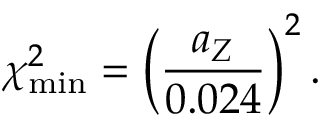
\chi _ { \mathrm { m i n } } ^ { 2 } = \left( \frac { a _ { Z } } { 0 . 0 2 4 } \right) ^ { 2 } .